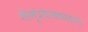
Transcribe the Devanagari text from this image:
गोमूत्रयावकाहारो